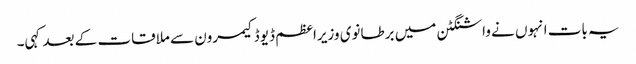
یہ بات انہوں نے واشنگٹن میں برطانوی وزیراعظم ڈیوڈ کیمرون سے ملاقات کے بعد کہی۔